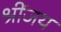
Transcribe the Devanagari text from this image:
श्रींजय